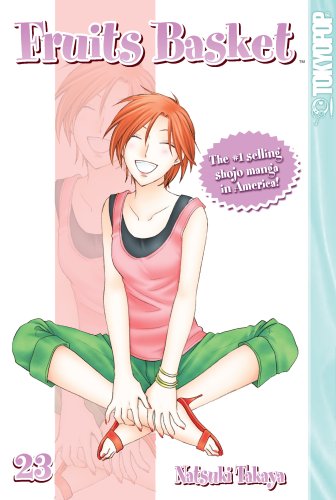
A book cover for Fruits Basket, Vol. 23; Natsuki Takaya; Comics & Graphic Novels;